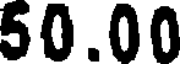
50.00